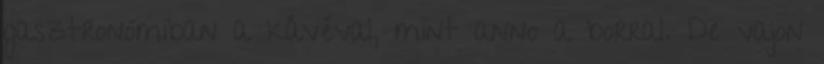
gasztronómiban a kávéval, mint anno a borral. De vajon